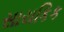
સાયકિક